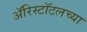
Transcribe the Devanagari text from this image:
ॲरिस्टॉटलच्या